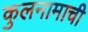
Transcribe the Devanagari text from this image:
कुलनामाची